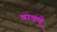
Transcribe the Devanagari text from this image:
वाचणे़